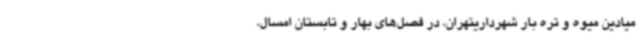
میادین میوه و تره بار شهرداریتهران، در فصل‌های بهار و تابستان امسال،